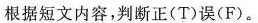
根据短文内容,判断正(T)误(F)。